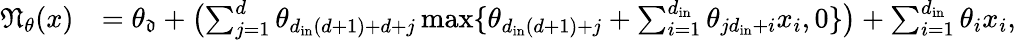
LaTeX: \begin{array}{rl}{\textstyle\mathfrak{N}_{\theta}(x)}&{=\textstyle\theta_{\mathfrak{d}}+\bigl(\sum_{j=1}^{d}\theta_{d_{\mathrm{in}}(d+1)+d+j}\operatorname*{max}\{ \theta_{d_{\mathrm{in}}(d+1)+j}+\sum_{i=1}^{d_{\mathrm{in}}}\theta_{jd_{\mathrm{in}}+i}x_{i},0\} \bigr)+\sum_{i=1}^{d_{\mathrm{in}}}\theta_{i}x_{i},}\end{array}